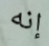
إنه